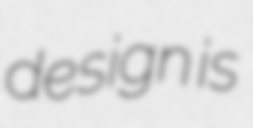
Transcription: design is